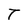
Character: T